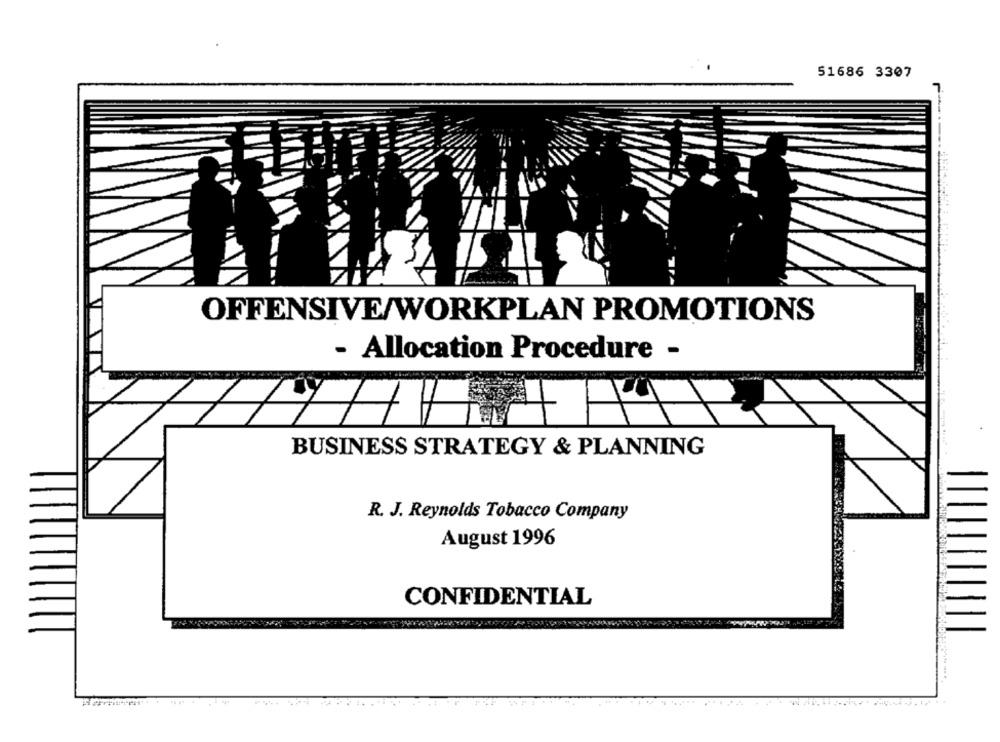
51686 3307
OFFENSIVE/WORKPLAN PROMOTIONS
- Allocation Procedure -
BUSINESS STRATEGY & PLANNING
R. J. Reynolds Tobacco Company
August 1996
CONFIDENTIAL